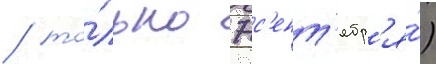
/ то́лько 7 с'ент'ябр'я́)